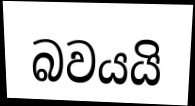
බවයයි